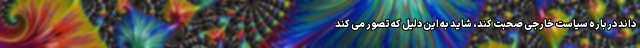
داند درباره سیاست خارجی صحبت کند، شاید به این دلیل که تصور می کند